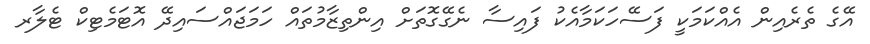
އޭގެ ތެރެއިން އެއްކަމަކީ ފަސޭހަކަމާއެކު ފައިސާ ނެގޭގޮތަށް އިންތިޒާމުތައް ހަމަޖައްސައިދޭ އޮޓަމެޓިކް ޓެލާރ